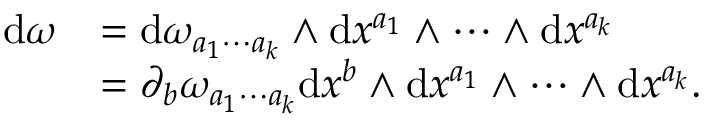
\begin{array} { r l } { \mathrm { d } \omega } & { = \mathrm { d } \omega _ { a _ { 1 } \cdots a _ { k } } \wedge \mathrm { d } x ^ { a _ { 1 } } \wedge \cdots \wedge \mathrm { d } x ^ { a _ { k } } } \\ & { = \partial _ { b } \omega _ { a _ { 1 } \cdots a _ { k } } \mathrm { d } x ^ { b } \wedge \mathrm { d } x ^ { a _ { 1 } } \wedge \cdots \wedge \mathrm { d } x ^ { a _ { k } } . } \end{array}